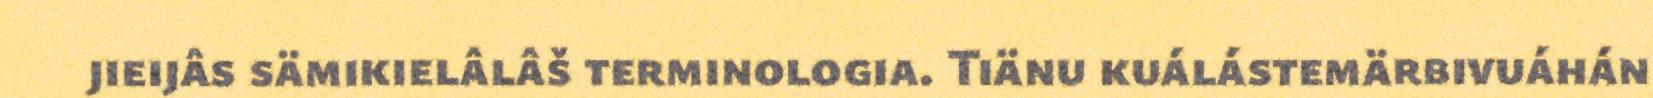
jieijâs sämikielâlâš terminologia. Tiänu kuálástemärbivuáhán